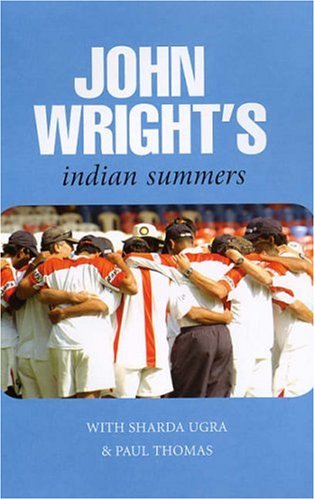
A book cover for John Wright's Indian Summers; Sharda Ugra John Wright; Sports & Outdoors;